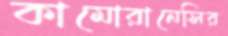
কামোরানেসির